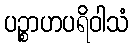
ပဉ္စာဟပရိဝါသံ